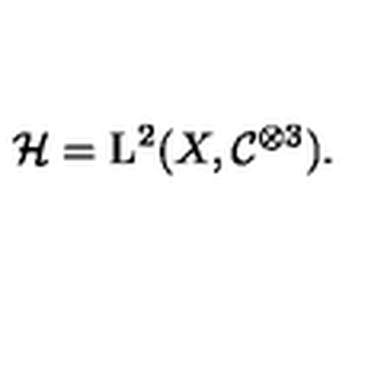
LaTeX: \mathcal H = \mathrm { L } ^ { 2 } ( X , \mathcal C ^ { \otimes 3 } ) .